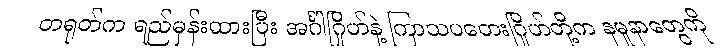
တရုတ်က ရည်မှန်းထားပြီး အင်္ဂါဂြိုဟ်နဲ့ ကြာသပတေးဂြိုဟ်တို့က နမူနာတွေကို